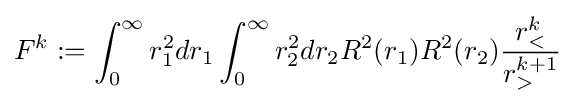
F^{k}:=\int _{0}^{\infty }r_{1}^{2}dr_{1}\int _{0}^{\infty }r_{2}^{2}dr_{2}R^{2}(r_{1})R^{2}(r_{2}){\frac {r_{<}^{k}}{r_{>}^{k+1}}}